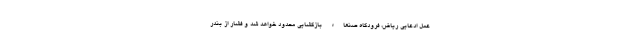
عمل ادعایی ریاض، فرودگاه صنعاء بازگشایی محدود خواهد شد و فشار از بندر